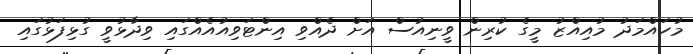
މުހައްމަދު މުއިއްޒު މީގެ ކުރިން ވީނިއުސް އަށް ދެއްވި އިންޓަވިއުއެއްގައި ވިދާޅުވީ ގުޅިފަޅުގައި